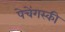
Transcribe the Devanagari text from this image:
पेचेंगस्की